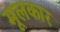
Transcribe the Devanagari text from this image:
मूलकार